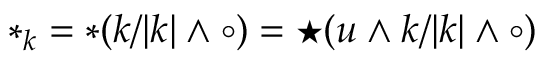
* _ { k } = * ( k / | k | \wedge \circ ) = \star ( u \wedge k / | k | \wedge \circ )